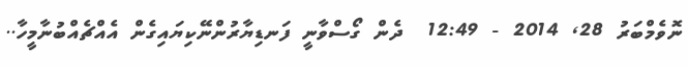
ނޮވެމްބަރު 28